Assam Mental Hospital (Tezpur, India) - 1933-1948
Year: 1933
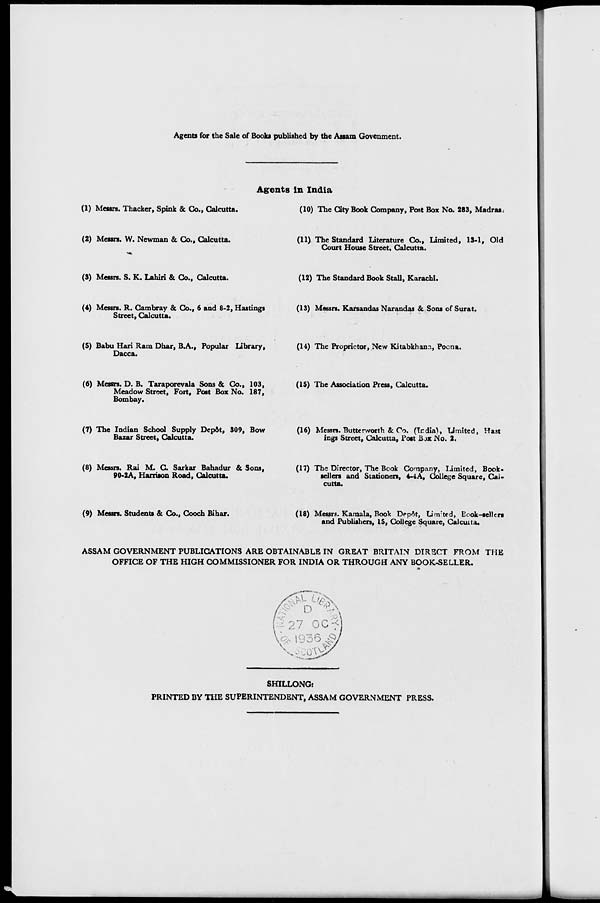
Agents for the Sale of Books published by the Assam Government.
Agents in India
(1) Messrs. Thacker, Spink & Co., Calcutta.
(2) Messrs. W. Newman & Co., Calcutta.
(3) Messrs. S. K. Lahiri & Co., Calcutta.
(4) Messrs. R. Cambray & Co., 6 and 8-2, Hastings
Street, Calcutta.
(5) Babu Hari Ram Dhar, B.A., Popular Library,
Dacca.
(6) Messrs. D. B. Taraporevala Sons & Co., 103,
Meadow Street, Fort, Post Box No. 187,
Bombay.
(7) The Indian School Supply Depôt, 309, Bow
Bazar Street, Calcutta.
(8) Messrs. Rai M. C. Sarkar Bahadur & Sons,
90-2A, Harrison Road, Calcutta.
(9) Messrs. Students & Co., Cooch Bihar.
(10) The City Book Company, Post Box No. 283, Madras.
(11) The Standard Literature Co., Limited, 13-1, Old
Court House Street. Calcutta.
(12) The Standard Book Stall, Karachi.
(13) Messrs. Karsandas Narandas & Sons of Surat.
(14) The Proprietor, New Kitabkhana, Poona.
(15) The Association Press, Calcutta.
(16) Messrs. Butterworth & Co. (India), Limited, Hast
ings Street, Calcutta, Post Box No. 2.
(17) The Director, The Book Company, Limited, Book-
sellers and Stationers, 4-4A, College Square, Cal-
cutta.
(18) Messrs. Kamala, Book Depôt, Limited, Book-sellers
and Publishers, 15, College Square, Calcutta.
ASSAM GOVERNMENT PUBLICATIONS ARE OBTAINABLE IN GREAT BRITAIN DIRECT FROM THE
OFFICE OF THE HIGH COMMISSIONER FOR INDIA OR THROUGH ANY BOOK-SELLER.
SHILLONG:
PRINTED BY THE SUPERINTENDENT, ASSAM GOVERNMENT PRESS.